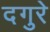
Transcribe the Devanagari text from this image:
दगुरे